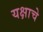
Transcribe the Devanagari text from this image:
यक्षाचे